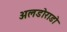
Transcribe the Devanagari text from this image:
अलडोराडो